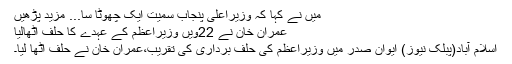
میں نے کہا کہ وزیراعلی پنجاب سمیت ایک چھوٹا سا... مزید پڑھیں
عمران خان نے 22ویں وزیراعظم کے عہدے کا حلف اُ‌ٹھالیا
اسلام آباد(پبلک نیوز) ایوان صدر میں وزیراعظم کی حلف برداری کی تقریب،عمران خان نے حلف اٹھا لیا۔